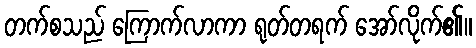
တက်စသည် ကြောက်လာကာ ရုတ်တရက် အော်လိုက်၏။